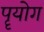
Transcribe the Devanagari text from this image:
पॄयोग